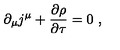
\partial _ { \mu } j ^ { \mu } + \frac { \partial \rho } { \partial \tau } = 0 \ ,